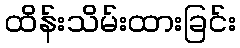
ထိန်းသိမ်းထားခြင်း